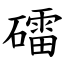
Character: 礌